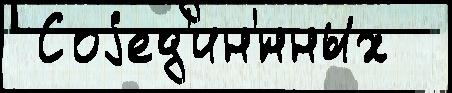
 Соjед'ин'́нных